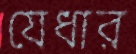
যেধার